Lunatic asylums Punjab 1881-1894 - 1881-1894
Year: 1881
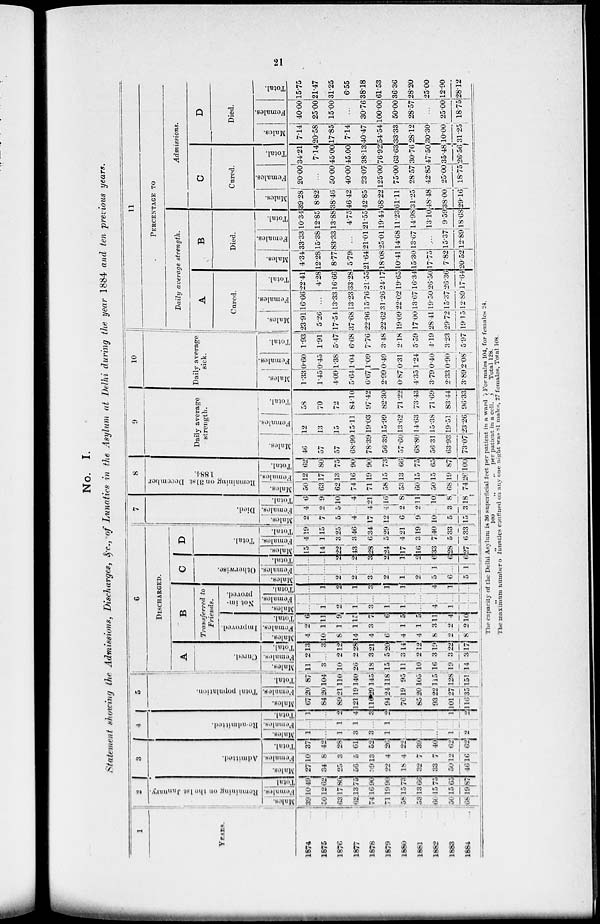
21
No. I.
Statement showing the Admissions, Discharges, &c.,of Lunatics in the Asylum at Delhi during the year 1884 and ten previous years.
1
YEARS.
1874 ...
1875 ...
1876 ...
1877 ...
1876 ...
1879
...
1880 ...
1881
...
1882
...
1883 ...
1884
...
2
Remaining on the 1st January.
Males.
39
50
63
62
74
71
58
53
60
50
68
Females.
10
12
17
13
16
19
15
13
15
15
19
Total
49
62
80
75
90
90
73
66
75
65
87
3
Admitted.
Males.
27
34
25
56
29
22
18
32
33
50
46
Females.
10
8
3
5
13
4
4
7
7
12
16
Total.
37
42
28
61
52
26
22
39
40
62
62
4
Re-admitted.
Males.
1
...
1
3
3
1
...
...
...
1
2
Females.
...
...
1
1
...
1
...
...
...
...
...
Total.
1
...
2
4
3
2
...
...
...
1
2
5
Total population.
Males.
67
84
89
121
116
44
76
85
93
101
116
Females.
20
20
21
19
29
24
19
20
22
27
35
Total.
87
104
110
140
145
118
95
105
115
128
151
6
DISCHARGED.
A
Cured.
Males.
11
3
10
26
18
l5
11
10
16
19
14
Females.
2
...
2
2
3
5
3
2
3
3
3
Total.
13
3
12
28
21
20
14
12
19
22
17
B
Transferred to
Friends.
Improved.
Males.
4
10
8
14
4
6
4
4
8
2
8
Females.
2
1
1
1
3
...
1
1
3
2
2
Total.
6
11
9
15
7
6
5
5
11
4
10
Not im-
proved.
Males.
...
1
2
1
3
1
1
...
4
1
...
Females.
...
...
...
...
...
...
...
...
...
...
...
Total.
...
1
2
1
3
1
1
...
4
1
...
C
Otherwise.
Males.
...
...
2
2
3
2
1
2
5
6
5
females.
...
...
...
...
...
...
...
...
1
...
1
Total.
...
...
2
2
3
2
1
2
6
6
6
D
Total.
Males.
15
14
22
43
28
24
17
16
33
28
27
Females.
4
1
3
3
6
5
4
3
7
5
6
Total.
19
15
25
46
34
29
21
19
40
33
33
7
Died.
Males.
2
7
5
4
17
12
6
9
10
5
15
Females.
4
2
5
...
4
4
2
2
...
3
3
Total.
6
9
10
4
21
16
8
11
10
8
18
8
Remaining on 31st Decwmber
1884.
Males.
50
63
62
74
71
58
53
60
50
68
74
Females.
12
17
13
16
19
15
13
15
15
19
26
Total.
62
80
75
90
90
73
66
75
65
87
100
9
Daily average
strength.
Males.
46
57
57
6899
78.39
56.39
5760
68.80
56.31
63.93
7307
Females.
12
13
15
15.11
1903
1599
13.62
14.63
1538
19.51
23.26
Total.
58
70
72
8410
9742
82.30
7122
73.43
7169
8344
96.33]
10
Daily average
sick.
Males.
1.33
1.45
409
5.64
6.67
2.99
087
4.35
3.79
2.33
3.89
Females.
0.60
0.45
1.38
1.04
1.09
0.49
0.31
1.24
0.40
0.90
2.08
Total.
1.93
1.91
547
6.68
7.76
3.48
2.18
5.59
4.19
3.23
597
11
PERCENTAGE
TO
Daily average strength.
A
Cured.
Males.
23.91
5.26
17.54
37.68
22.96
22.62
19.09
17.00
28.41
29.72
19.15
Females.
16.66
...
13.33
1323
15.76
31.26
22.02
13.67
19.50
15.37
12.89
Total.
22.41
4.28
16.66
33.28
21.55
24.17
19.65
16.34
26.50
26.36
17.64
B
Died.
Males.
4.34
12.28
8.77
5.79
21.64
18.08
10.41
15.30
17.75
7.82
20.52
Females.
33.33
15.38
83.33
...
21.01
25.01
14.68
13.67
...
15.37
12.89
Total.
10.34
12.85
13.88
4.75
21.55
19.44
11.23
14.98
13.10
9.59
18.68
Admissions.
C
Cured.
Males.
39.28
8.82
38.46
46.42
42.85
68.22
61.11
31.25
48.48
38.00
29.16
Females.
20.00
...
50.00
40.00
23.07
125.00
75.00
28.57
42.85
25.00
18.75
Total.
34.21
7.14
45.00
45.00
38.13
76.92
63.63
30.76
47.50
35.48
26.56
D
Died.
Males.
7.14
20.58
17.85
7.14
40.47
54.54
33.33
28.12
30.30
10.00
31.25
Females.
40.00
25.00
15.00
...
30.76
100.00
50.00
28.57
...
25.00
18.75
Total.
15.75
21.47
31.25
6.55
38.18
61.53
36.36
28.20
25.00
12.90
28.12
The capacity of the Delhi Asylum is 36 superficial feet per patient in a ward
„
„
100
„
,. per patient in a
cell.
For males 104, for females 24.
Total 128.
The maximum number of lunatics confined on any one night was 81 males, 27 females, Total 108.